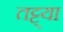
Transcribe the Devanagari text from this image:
तट्ट्या